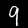
Label: 9